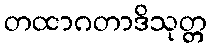
တထာဂတာဒိသုတ္တ